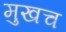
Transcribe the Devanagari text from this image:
मुखच